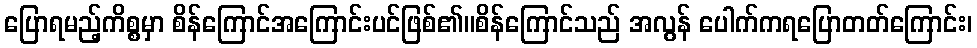
ပြောရမည့်ကိစ္စမှာ စိန်ကြောင်အကြောင်းပင်ဖြစ်၏။စိန်ကြောင်သည် အလွန် ပေါက်ကရပြောတတ်ကြောင်း၊